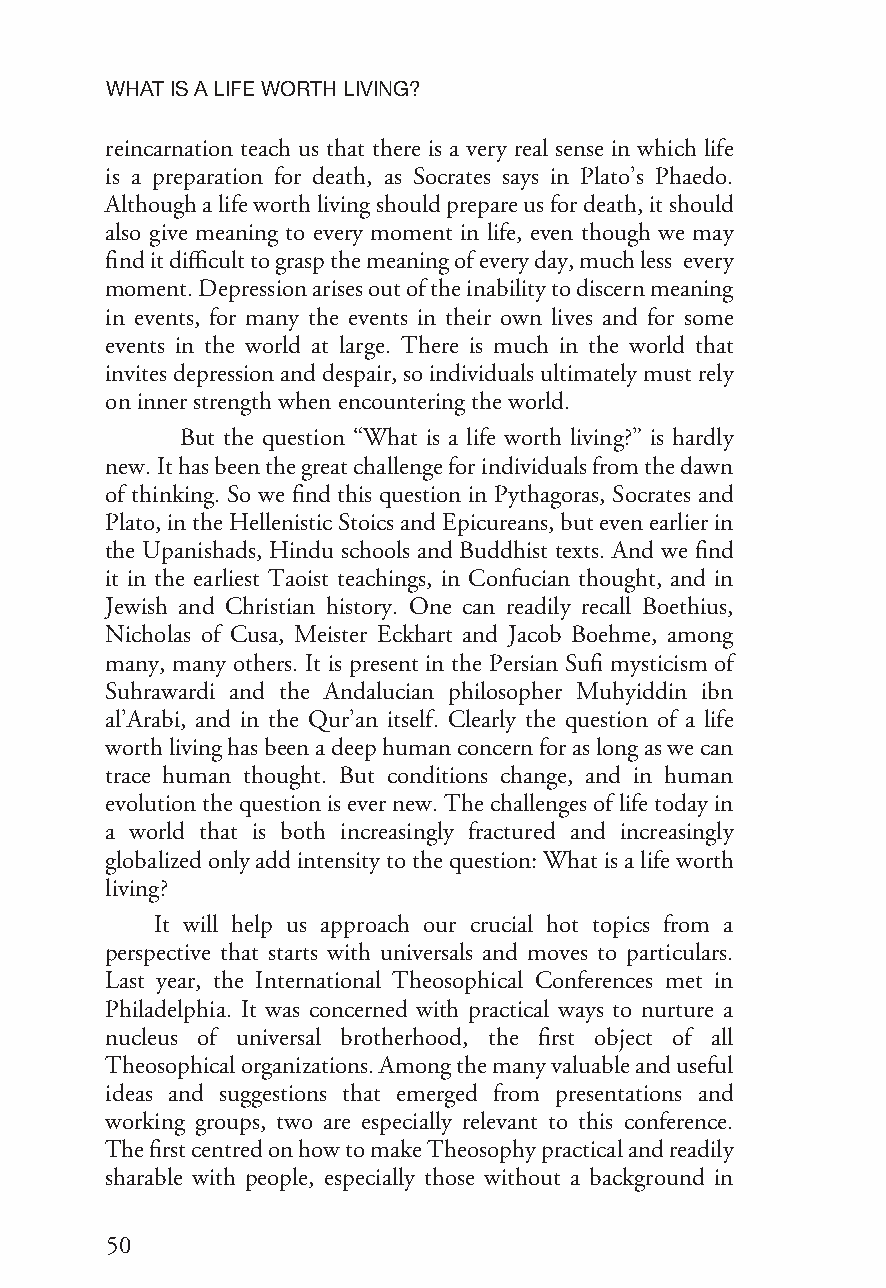
WHATISALIFEWORTHLIVING?
 reincarnation teach us that there is a very real sense in which life
 is a preparation for death, as Socrates says in Plato’s Phaedo.
 Althoughalifeworthlivingshouldprepareusfordeath,itshould
 also give meaning to every moment in life, even though we may
 finditdifficulttograspthemeaningofeveryday,muchless every
 moment.Depressionarisesoutoftheinabilitytodiscernmeaning
 in events, for many the events in their own lives and for some
 events in the world at large. There is much in the world that
 invitesdepressionanddespair,soindividualsultimatelymustrely
 oninnerstrengthwhenencounteringtheworld.
 But the question “What is a life worth living?” is hardly
 new.Ithasbeenthegreatchallengeforindividualsfromthedawn
 of thinking. So we find this question in Pythagoras, Socrates and
 Plato,intheHellenisticStoicsandEpicureans,butevenearlierin
 the Upanishads, Hindu schools and Buddhist texts. And we find
 it in the earliest Taoist teachings, in Confucian thought, and in
 Jewish and Christian history. One can readily recall Boethius,
 Nicholas of Cusa, Meister Eckhart and Jacob Boehme, among
 many, many others. It is present in the Persian Sufi mysticism of
 Suhrawardi and the Andalucian philosopher Muhyiddin ibn
 al’Arabi, and in the Qur’an itself. Clearly the question of a life
 worthlivinghasbeenadeephumanconcernforaslongaswecan
 trace human thought. But conditions change, and in human
 evolutionthequestionisevernew.Thechallengesoflifetodayin
 a world that is both increasingly fractured and increasingly
 globalizedonlyaddintensitytothequestion:Whatisalifeworth
 living?
 It will help us approach our crucial hot topics from a
 perspective that starts with universals and moves to particulars.
 Last year, the International Theosophical Conferences met in
 Philadelphia. It was concerned with practical ways to nurture a
 nucleus of universal brotherhood, the first object of all
 Theosophicalorganizations.Amongthemanyvaluableanduseful
 ideas and suggestions that emerged from presentations and
 working groups, two are especially relevant to this conference.
 ThefirstcentredonhowtomakeTheosophypracticalandreadily
 sharable with people, especially those without a background in
 50